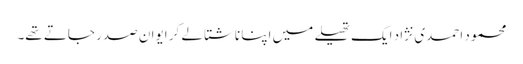
محمود احمدی نژاد ایک تھیلے میں اپنا ناشتا لے کر ایوانِ صدر جاتے تھے۔